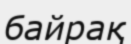
байрақ